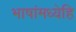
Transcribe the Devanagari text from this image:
भाषांमध्येहि